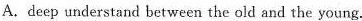
A. deep understand between the old and the young.